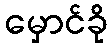
မှောင်ခို